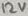
Text: 12V